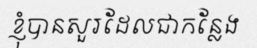
ខ្ញុំបានសួរដែលជាកន្លែង